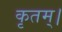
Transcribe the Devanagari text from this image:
कृतम्।